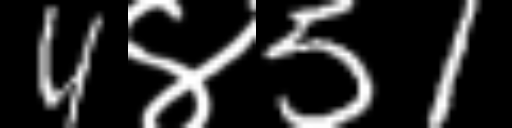
Text: 4४51